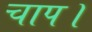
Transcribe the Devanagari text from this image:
चाप।